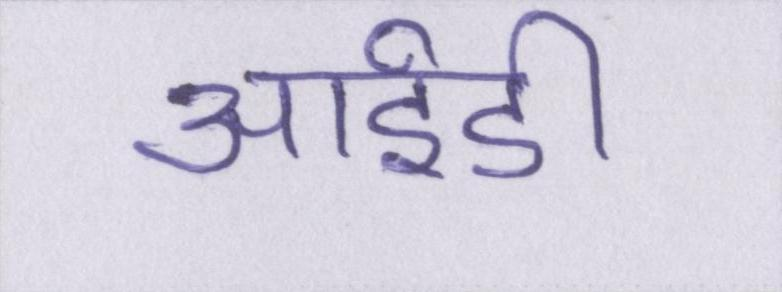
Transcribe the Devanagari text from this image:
आईडी